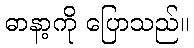
ဓာနာ့ကို ပြောသည်။